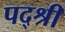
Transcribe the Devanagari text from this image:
पद्श्री